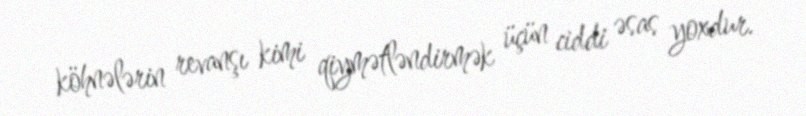
köhnələrin revanşı kimi qiymətləndirmək üçün ciddi əsas yoxdur.